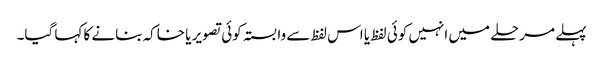
پہلے مرحلے میں انہیں کوئی لفظ یا اس لفظ سے وابستہ کوئی تصویر یا خاکہ بنانے کا کہا گیا۔